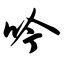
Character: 吟